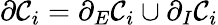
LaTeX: \partial\mathcal{C}_{i}=\partial_{E}\mathcal{C}_{i}\cup\partial_{I}\mathcal{C}_{i}